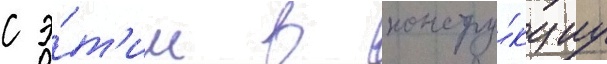
с э́т'им в констру́кциу